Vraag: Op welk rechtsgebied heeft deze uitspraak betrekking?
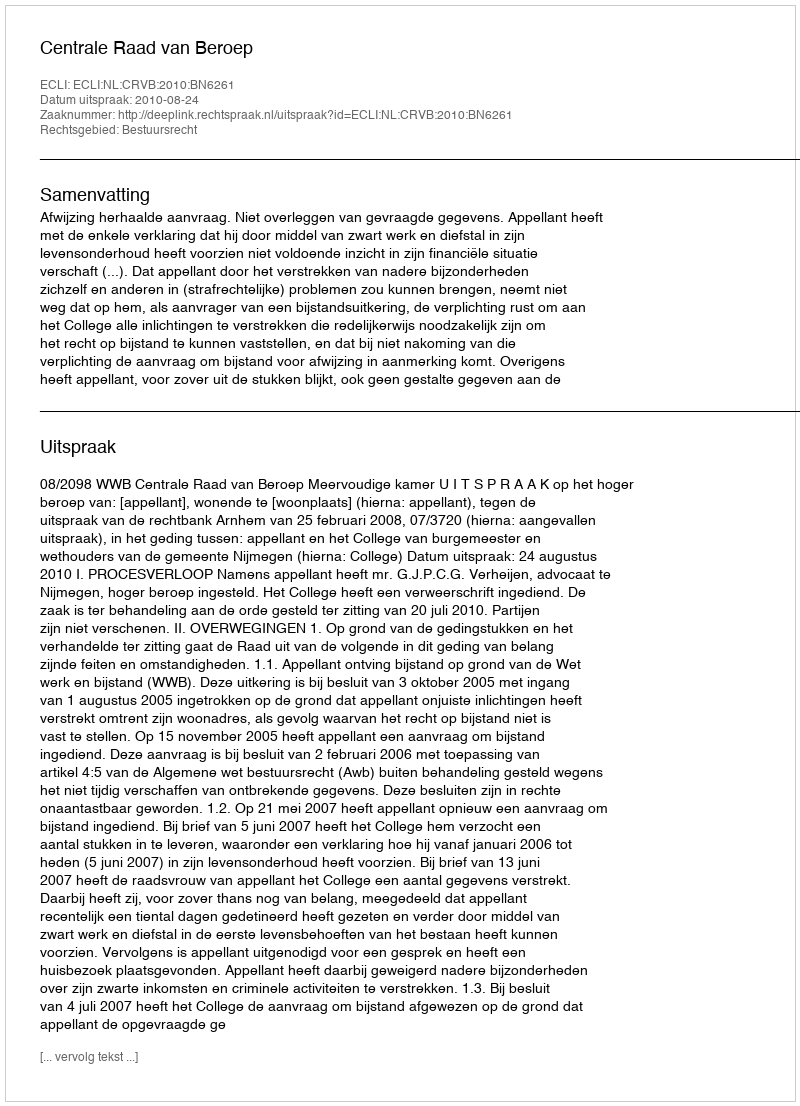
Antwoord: Bestuursrecht